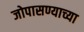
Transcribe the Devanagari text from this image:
जोपासण्याच्या